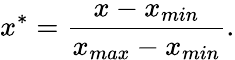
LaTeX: x^{*}=\frac{x-x_{min}}{x_{max}-x_{min}}.